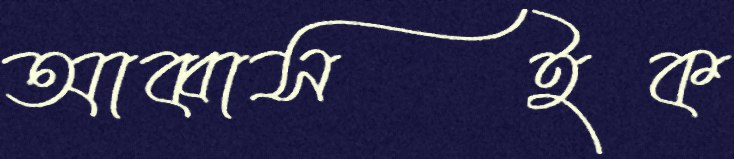
আব্বাসইক